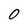
Character: 0